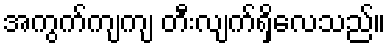
အကွက်ကျကျ တီးလျက်ရှိလေသည်။